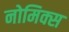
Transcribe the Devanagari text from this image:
नोमिक्स